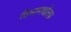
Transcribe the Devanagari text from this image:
विभागद्योतक